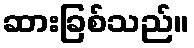
ဆားခြစ်သည်။